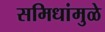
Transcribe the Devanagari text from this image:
समिधांमुळे